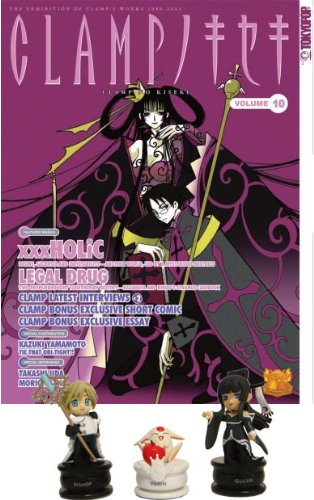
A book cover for The Clamp No Kiseki Magazine Collectible Vol. 10 with Figures Set; Crafts, Hobbies & Home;